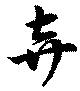
弃